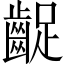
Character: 齪